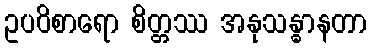
ဥပဝိစာရော စိတ္တဿ အနုသန္ဓာနတာ